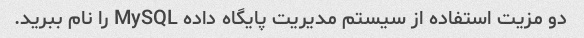
دو مزیت استفاده از سیستم مدیریت پایگاه داده MySQL را نام ببرید.